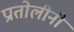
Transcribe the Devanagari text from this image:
प्रातोलीनी